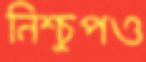
নিশ্চুপও